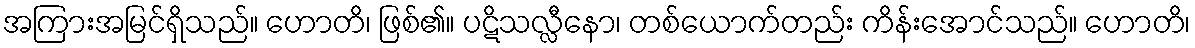
အကြားအမြင်ရှိသည်။ ဟောတိ၊ ဖြစ်၏။ ပဋိသလ္လီနော၊ တစ်ယောက်တည်း ကိန်းအောင်သည်။ ဟောတိ၊